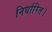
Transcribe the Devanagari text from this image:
निर्धारित।